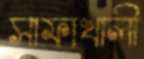
সাফাখালী